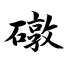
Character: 礅